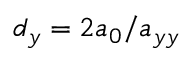
d _ { y } = 2 a _ { 0 } / a _ { y y }